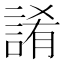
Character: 誵